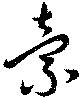
棄